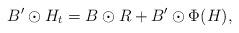
LaTeX: \begin{align*}{B}' \odot H_t = B \odot R + {B}' \odot \Phi(H),\end{align*}